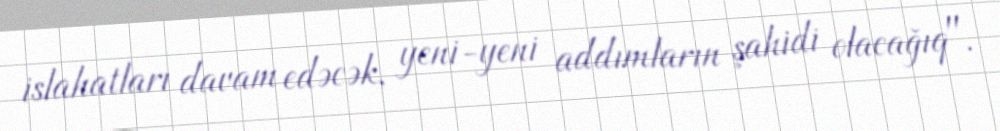
islahatları davam edəcək, yeni-yeni addımların şahidi olacağıq".